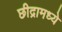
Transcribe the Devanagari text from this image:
छीद्रामध्ये